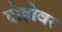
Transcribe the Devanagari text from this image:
दोहोवर